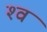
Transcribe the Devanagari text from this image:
श्‍व